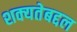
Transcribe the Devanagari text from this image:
शक्यतेबद्दल